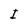
Character: I